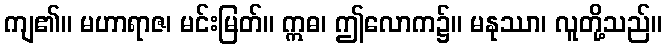
ကျ၏။ မဟာရာဇ၊ မင်းမြတ်။ ဣဓ၊ ဤလောက၌။ မနုဿာ၊ လူတို့သည်။